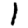
Digit: 1